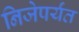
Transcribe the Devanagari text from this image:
निजेपर्यंत